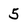
Character: 5